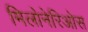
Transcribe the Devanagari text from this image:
मिलोनेरिओस